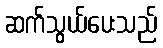
ဆက်သွယ်ပေးသည်